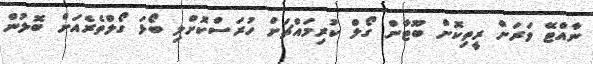
ނާއްޓޭ ވަރަށް ރީތިކޮށް ބޫޓާން ގޯލް ކުރިމައްޗަށް ހުރަސްކޮށްލި ބޯޅަ ގޯލްތެރެއަށް ބޮލުން